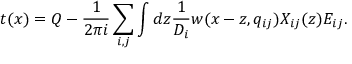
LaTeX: t ( x ) = Q - \frac { 1 } { 2 \pi i } \sum _ { i , j } \int d z \frac { 1 } { D _ { i } } w ( x - z , q _ { i j } ) X _ { i j } ( z ) E _ { i j } . \nonumber